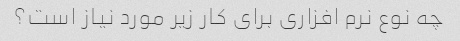
چه نوع نرم افزاری برای کار زیر مورد نیاز است؟